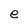
Character: e